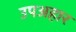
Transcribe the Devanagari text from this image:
उपअहार